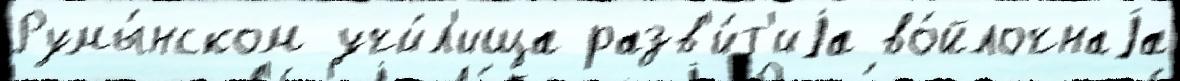
Румы́нском учи́л'ища разв'и́т'иjа во́йлочнаjа